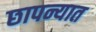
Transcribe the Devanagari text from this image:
छापन्यात